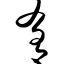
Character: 肴